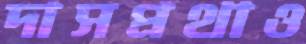
দাসপ্রথাও